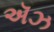
ઍઝ